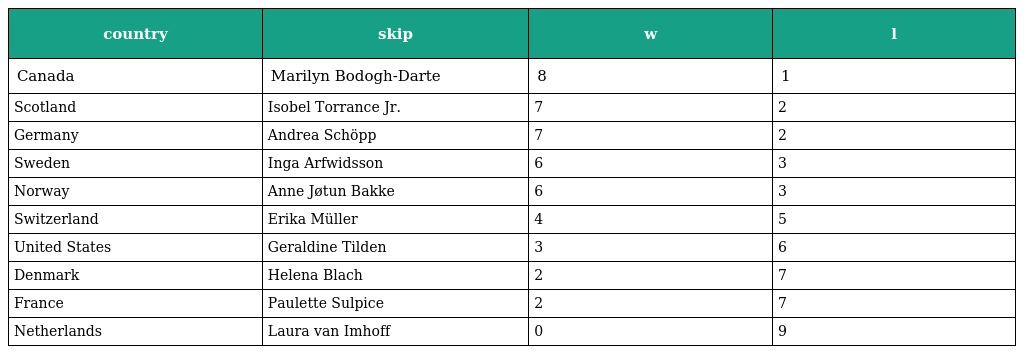
| country | skip | w | l |
 | --- | --- | --- | --- |
 | Canada | Marilyn Bodogh-Darte | 8 | 1 |
 | Scotland | Isobel Torrance Jr. | 7 | 2 |
 | Germany | Andrea Schöpp | 7 | 2 |
 | Sweden | Inga Arfwidsson | 6 | 3 |
 | Norway | Anne Jøtun Bakke | 6 | 3 |
 | Switzerland | Erika Müller | 4 | 5 |
 | United States | Geraldine Tilden | 3 | 6 |
 | Denmark | Helena Blach | 2 | 7 |
 | France | Paulette Sulpice | 2 | 7 |
 | Netherlands | Laura van Imhoff | 0 | 9 |